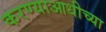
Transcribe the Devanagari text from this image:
करण्याआधीच्या